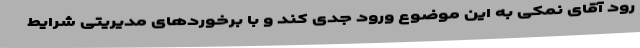
رود آقای نمکی به این موضوع ورود جدی کند و با برخوردهای مدیریتی شرایط